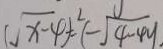
\sqrt { x - 4 } ) ^ { 2 } = ( - \sqrt { 4 - 4 y . } )